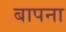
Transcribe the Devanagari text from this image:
बापना